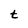
Character: t